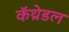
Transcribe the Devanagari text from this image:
कॅथ्रेडल